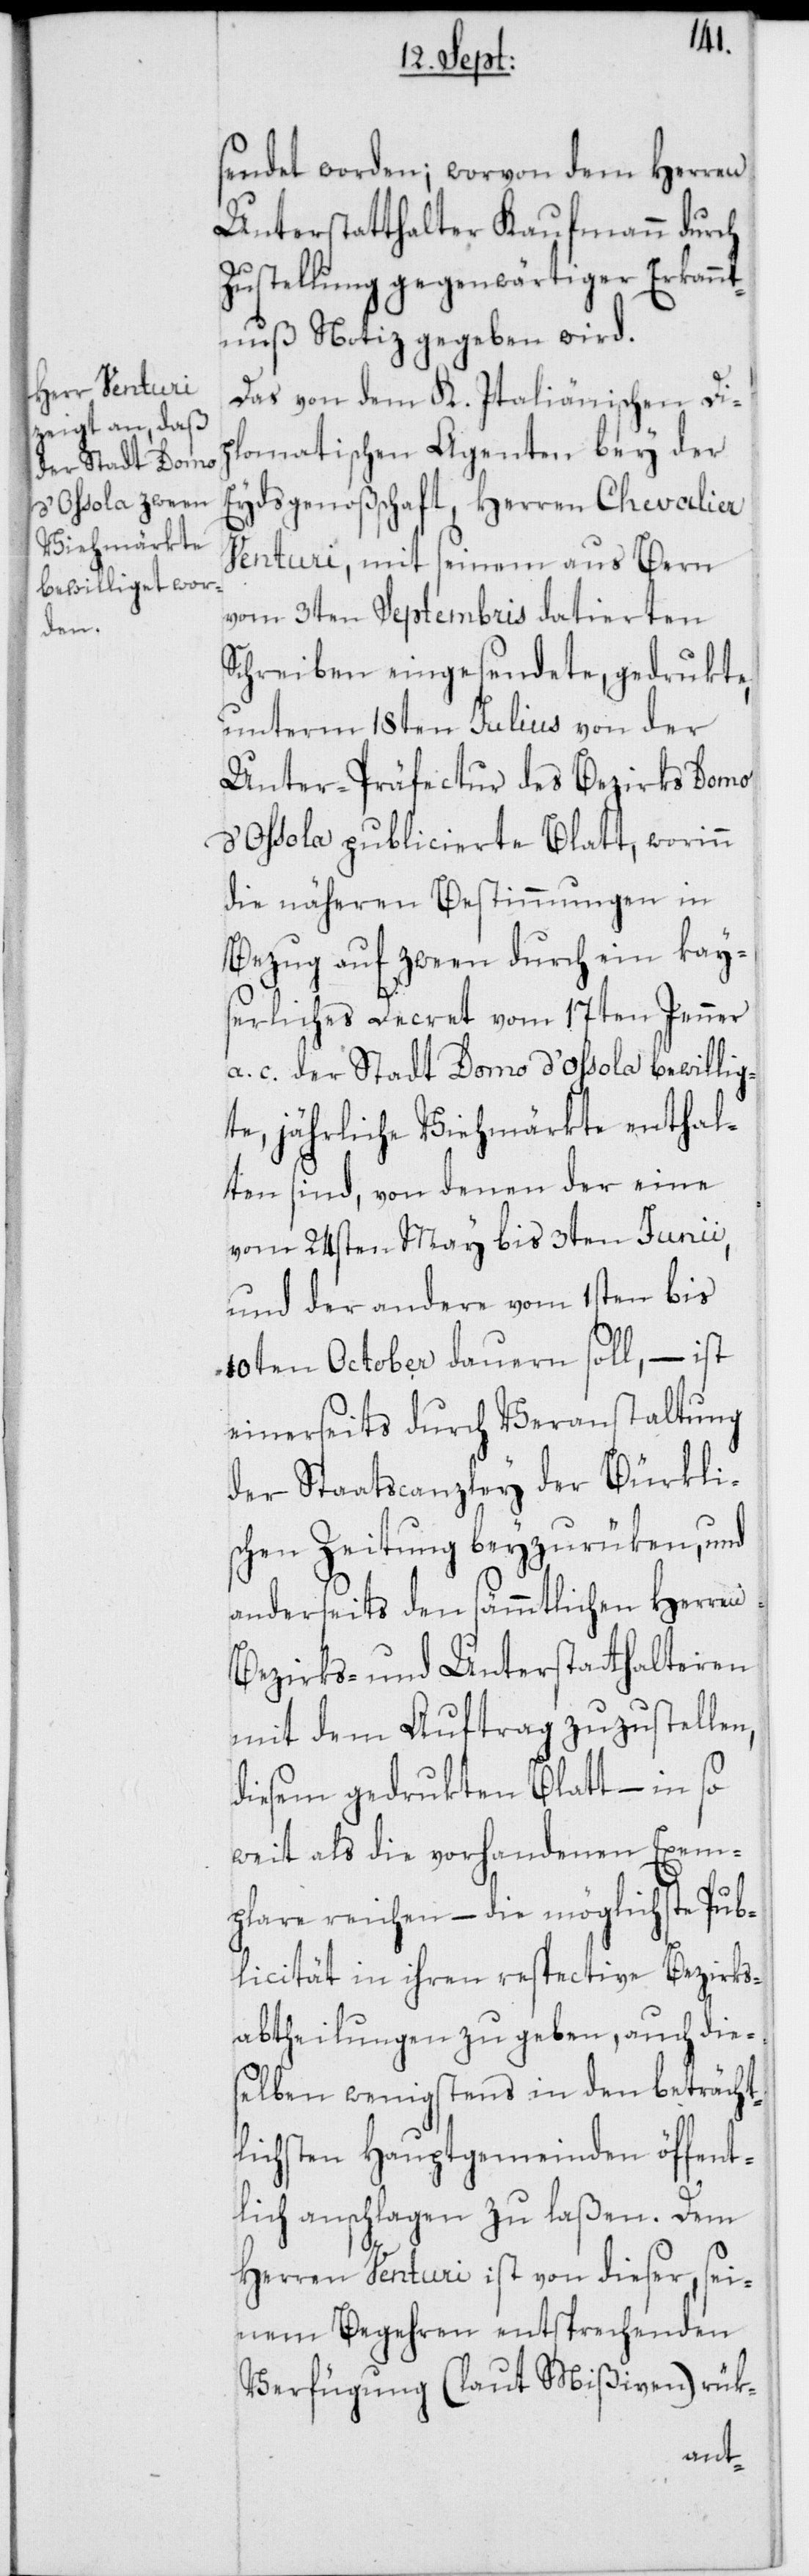
sendet worden; worvon dem Herren
Unterstatthalter Kaufmann durch
Zustellung gegenwärtiger Erkann¬
tnuß Notiz gegeben wird.
Das von dem K. Italiänischen Dip¬
lomatischen Agenten bey der
Eydsgenoßschaft, Herren Chevalier
Venturi, mit seinem aus Bern
vom 3ten Septembris datierten
Schreiben eingesendete, gedrukte,
unterm 18ten Julius von der
Unter-Präfectur des Bezirks Domo
d'Ossola publicierte Blatt, worinn
die näheren Bestimmungen in
Bezug auf zween durch ein kays¬
erliches Decret vom 17ten Jenner
a. c. der Stadt Domo d'Ossola bewillig¬
te, jährliche Viehmärkte enthal¬
ten sind, von denen der eine
vom 24sten May bis 3ten Junii,
und der andere vom 1sten bis
10ten October dauern soll, – ist
einerseits durch Veranstaltung
der Staatscanzley der Bürkli¬
schen Zeitung beyzurüken, und
anderseits den sämmtlichen Herren
Bezirks- und Unterstatthalteren
mit dem Auftrag zuzustellen,
diesem gedrukten Blatt – in so
weit als die vorhandenen Exem¬
plare reichen – die möglichste Pub¬
licität in ihren respective[n] Bezirks¬
abtheilungen zu geben, auch die¬
selben wenigstens in den beträcht¬
lichsten Hauptgemeinden öffent¬
lich anschlagen zu laßen. Dem
Herren Venturi ist von dieser, sei¬
nem Begehren entsprechenden
Verfügung (laut Mißiven) rük-